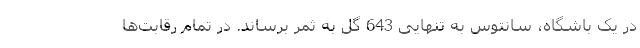
در یک باشگاه، سانتوس به تنهایی 643 گل به ثمر برساند. در تمام رقابت‌ها